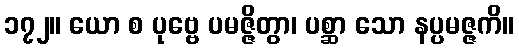
၁၇၂။ ယော စ ပုဗ္ဗေ ပမဇ္ဇိတွာ၊ ပစ္ဆာ သော နပ္ပမဇ္ဇကိ။